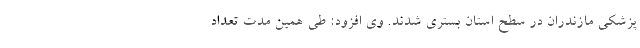
پزشکی مازندران در سطح استان بستری شدند. وی افزود: طی همین مدت تعداد